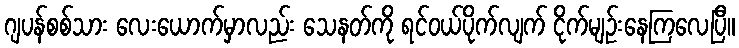
ဂျပန်စစ်သား လေးယောက်မှာလည်း သေနတ်ကို ရင်ဝယ်ပိုက်လျက် ငိုက်မျဉ်းနေကြလေပြီ။